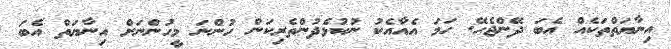
އިނާޔަތްތަކެއް އެބަ ދޭންޖެހޭ. ހަމަ އެއާއެކު ނުކުޅެދުންތެރިކަން ހުންނަ މީހުންނަށް އިނާޔަތް އެބަ